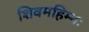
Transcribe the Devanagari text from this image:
शिवमहिम्नः